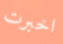
اخبرت